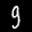
Label: 9